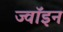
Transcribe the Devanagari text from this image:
ज्‍वॉइन